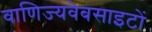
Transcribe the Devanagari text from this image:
वाणिज्यवेबसाइटों